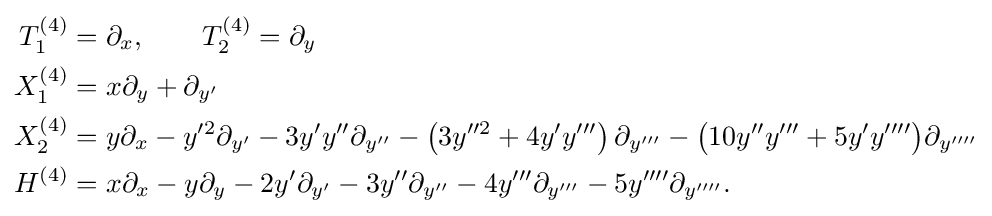
{\begin{aligned}T_{1}^{(4)}&=\partial _{x},\qquad T_{2}^{(4)}=\partial _{y}\\X_{1}^{(4)}&=x\partial _{y}+\partial _{y'}\\X_{2}^{(4)}&=y\partial _{x}-y'^{2}\partial _{y'}-3y'y''\partial _{y''}-\left(3y''^{2}+4y'y'''\right)\partial _{y'''}-{\bigl (}10y''y'''+5y'y''''{\bigr )}\partial _{y''''}\\H^{(4)}&=x\partial _{x}-y\partial _{y}-2y'\partial _{y'}-3y''\partial _{y''}-4y'''\partial _{y'''}-5y''''\partial _{y''''}.\end{aligned}}